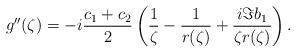
LaTeX: \begin{align*}g''(\zeta)=-i\frac{c_1+c_2}{2}\left(\frac{1}{\zeta}-\frac{1}{r(\zeta)}+\frac{i \Im b_1}{\zeta r(\zeta)}\right).\end{align*}